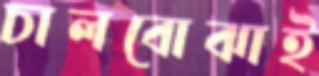
চালবোঝাই